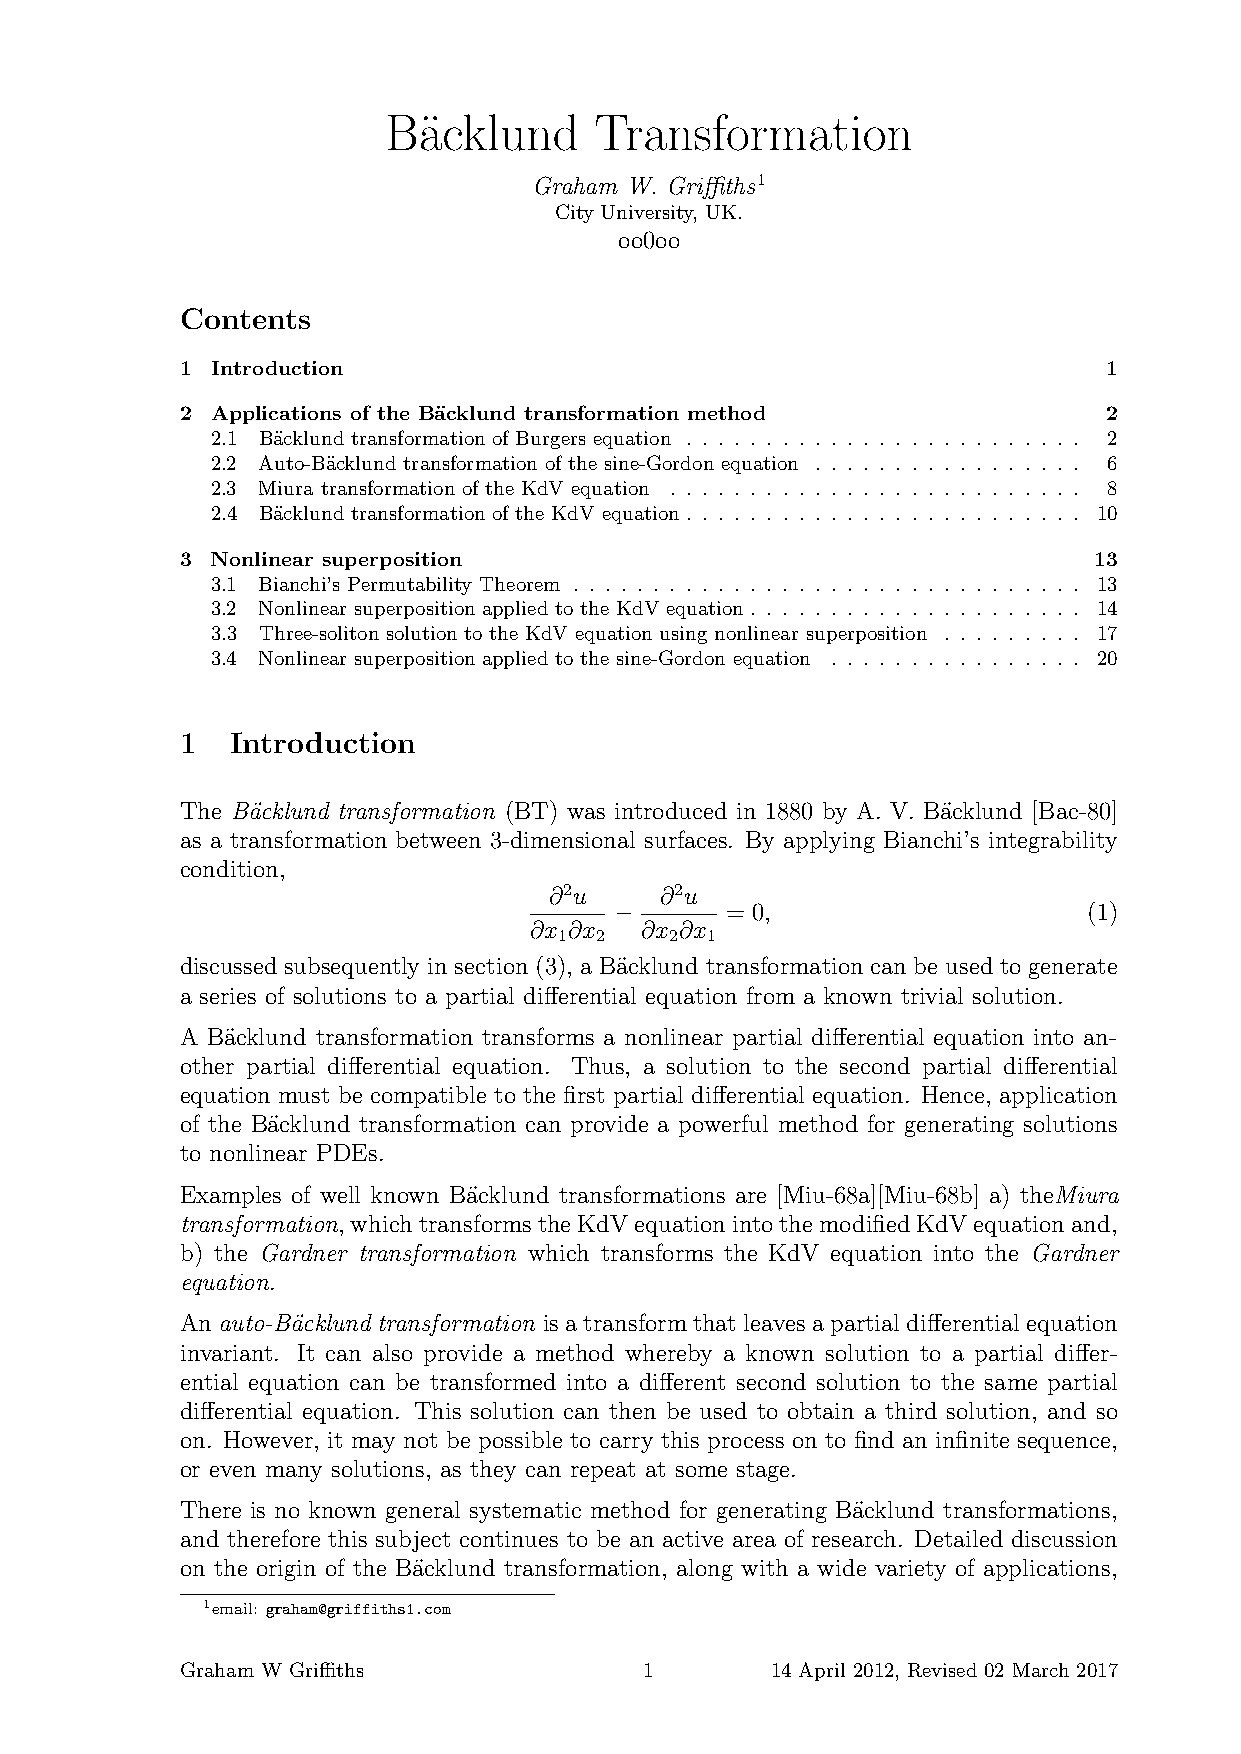
Ba¨cklund     Transformation
 Graham W. Griffiths1
 City University, UK.
 oo0oo
 Contents
 1 Introduction                                               1
 2 Applications of the B¨acklund transformation method        2
 2.1 B¨acklund transformation of Burgers equation . . . . . . . . . . . . . . . . . . . . . . . . . 2
 2.2 Auto-B¨acklund transformation of the sine-Gordon equation . . . . . . . . . . . . . . . . . 6
 2.3 Miura transformation of the KdV equation . . . . . . . . . . . . . . . . . . . . . . . . . . 8
 2.4 B¨acklund transformation of the KdV equation. . . . . . . . . . . . . . . . . . . . . . . . . 10
 3 Nonlinear superposition                                   13
 3.1 Bianchi’s Permutability Theorem . . . . . . . . . . . . . . . . . . . . . . . . . . . . . . . . 13
 3.2 Nonlinear superposition applied to the KdV equation. . . . . . . . . . . . . . . . . . . . . 14
 3.3 Three-soliton solution to the KdV equation using nonlinear superposition . . . . . . . . . 17
 3.4 Nonlinear superposition applied to the sine-Gordon equation . . . . . . . . . . . . . . . . 20
 1  Introduction
 The B¨acklund transformation (BT) was introduced in 1880 by A. V. Ba¨cklund [Bac-80]
 as a transformation between 3-dimensional surfaces. By applying Bianchi’s integrability
 condition,
 ∂2u     ∂2u
 −      = 0,                    (1)
 ∂x ∂x  ∂x ∂x
 1 2    2  1
 discussed subsequently in section (3), a B¨acklund transformation can be used to generate
 a series of solutions to a partial differential equation from a known trivial solution.
 A Ba¨cklund transformation transforms a nonlinear partial differential equation into an-
 other partial differential equation. Thus, a solution to the second partial differential
 equation must be compatible to the first partial differential equation. Hence, application
 of the B¨acklund transformation can provide a powerful method for generating solutions
 to nonlinear PDEs.
 Examples of well known Ba¨cklund transformations are [Miu-68a][Miu-68b] a) theMiura
 transformation, whichtransformstheKdVequationintothemodifiedKdVequationand,
 b) the Gardner transformation which transforms the KdV equation into the Gardner
 equation.
 Anauto-B¨acklund transformation isatransformthatleavesapartialdifferentialequation
 invariant. It can also provide a method whereby a known solution to a partial differ-
 ential equation can be transformed into a different second solution to the same partial
 differential equation. This solution can then be used to obtain a third solution, and so
 on. However, it may not be possible to carry this process on to find an infinite sequence,
 or even many solutions, as they can repeat at some stage.
 There is no known general systematic method for generating B¨acklund transformations,
 and therefore this subject continues to be an active area of research. Detailed discussion
 on the origin of the B¨acklund transformation, along with a wide variety of applications,
 1email: graham@griffiths1.com
 Graham W Griffiths             1       14 April 2012, Revised 02 March 2017